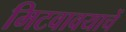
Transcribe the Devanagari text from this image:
मिटवावयाचें